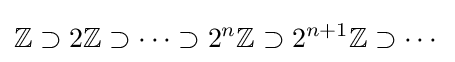
\mathbb {Z} \supset 2\mathbb {Z} \supset \cdots \supset 2^{n}\mathbb {Z} \supset 2^{n+1}\mathbb {Z} \supset \cdots